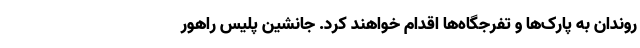
روندان به پارک‌ها و تفرجگاه‌ها اقدام خواهند کرد. جانشین پلیس راهور